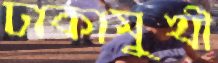
ঢাকামুখী